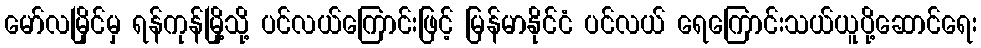
မော်လမြိုင်မှ ရန်ကုန်မြို့သို့ ပင်လယ်ကြောင်းဖြင့် မြန်မာနိုင်ငံ ပင်လယ် ရေကြောင်းသယ်ယူပို့ဆောင်ရေး